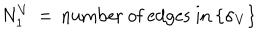
N _ { 1 } ^ { V } \, = \, \mathrm { n u m b e r ~ o f ~ e d g e s ~ i n } \: \{ \sigma _ { V } \}